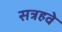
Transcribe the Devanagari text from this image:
सत्रहवे